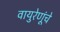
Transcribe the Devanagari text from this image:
वायुरेणूंचे